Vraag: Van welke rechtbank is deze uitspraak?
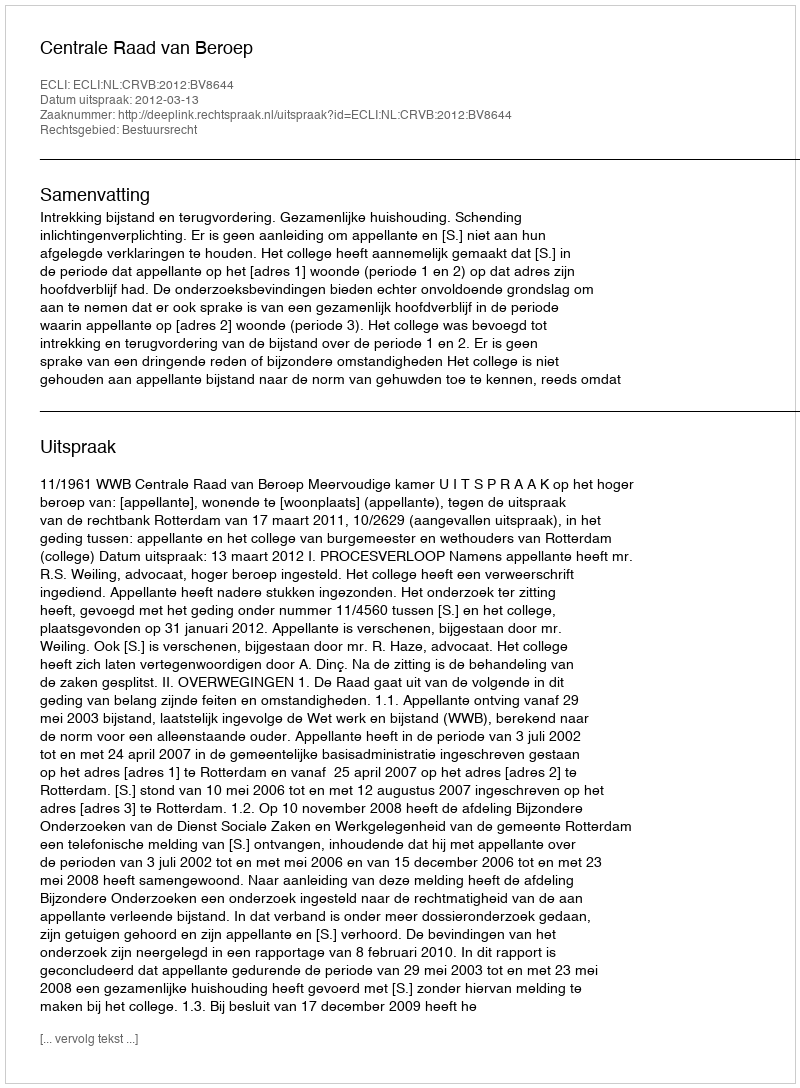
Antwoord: Centrale Raad van Beroep